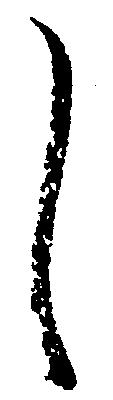
し